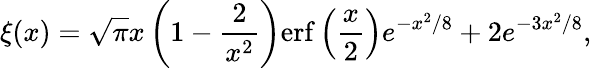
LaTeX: \xi(x)=\sqrt{\pi}x\left(1-\frac{2}{x^{2}}\right)\mathrm{erf}\left(\frac{x}{2}\right)e^{-x^{2}/8}+2e^{-3x^{2}/8},